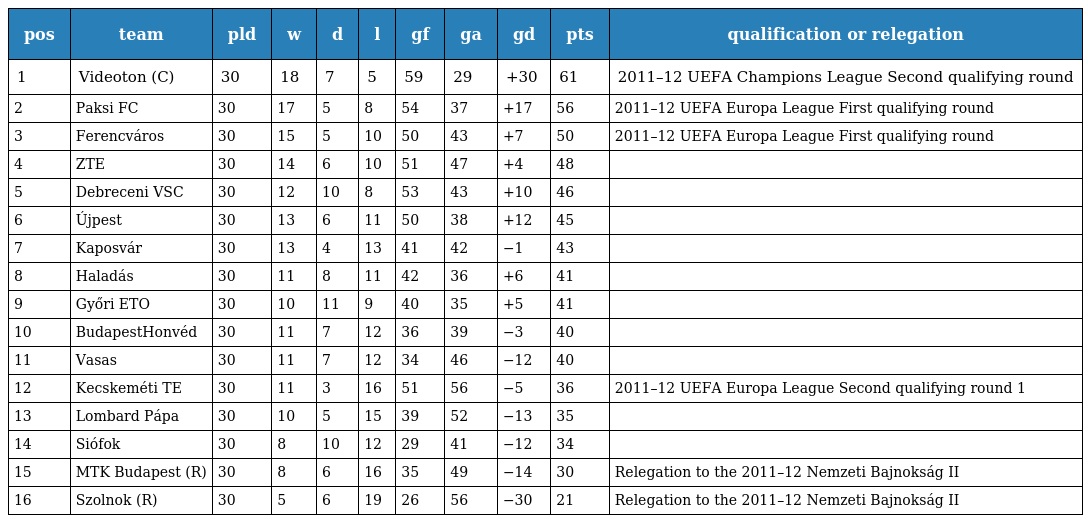
| pos | team | pld | w | d | l | gf | ga | gd | pts | qualification or relegation |
 | --- | --- | --- | --- | --- | --- | --- | --- | --- | --- | --- |
 | 1 | Videoton (C) | 30 | 18 | 7 | 5 | 59 | 29 | +30 | 61 | 2011–12 UEFA Champions League Second qualifying round |
 | 2 | Paksi FC | 30 | 17 | 5 | 8 | 54 | 37 | +17 | 56 | 2011–12 UEFA Europa League First qualifying round |
 | 3 | Ferencváros | 30 | 15 | 5 | 10 | 50 | 43 | +7 | 50 | 2011–12 UEFA Europa League First qualifying round |
 | 4 | ZTE | 30 | 14 | 6 | 10 | 51 | 47 | +4 | 48 |  |
 | 5 | Debreceni VSC | 30 | 12 | 10 | 8 | 53 | 43 | +10 | 46 |  |
 | 6 | Újpest | 30 | 13 | 6 | 11 | 50 | 38 | +12 | 45 |  |
 | 7 | Kaposvár | 30 | 13 | 4 | 13 | 41 | 42 | −1 | 43 |  |
 | 8 | Haladás | 30 | 11 | 8 | 11 | 42 | 36 | +6 | 41 |  |
 | 9 | Győri ETO | 30 | 10 | 11 | 9 | 40 | 35 | +5 | 41 |  |
 | 10 | BudapestHonvéd | 30 | 11 | 7 | 12 | 36 | 39 | −3 | 40 |  |
 | 11 | Vasas | 30 | 11 | 7 | 12 | 34 | 46 | −12 | 40 |  |
 | 12 | Kecskeméti TE | 30 | 11 | 3 | 16 | 51 | 56 | −5 | 36 | 2011–12 UEFA Europa League Second qualifying round 1 |
 | 13 | Lombard Pápa | 30 | 10 | 5 | 15 | 39 | 52 | −13 | 35 |  |
 | 14 | Siófok | 30 | 8 | 10 | 12 | 29 | 41 | −12 | 34 |  |
 | 15 | MTK Budapest (R) | 30 | 8 | 6 | 16 | 35 | 49 | −14 | 30 | Relegation to the 2011–12 Nemzeti Bajnokság II |
 | 16 | Szolnok (R) | 30 | 5 | 6 | 19 | 26 | 56 | −30 | 21 | Relegation to the 2011–12 Nemzeti Bajnokság II |